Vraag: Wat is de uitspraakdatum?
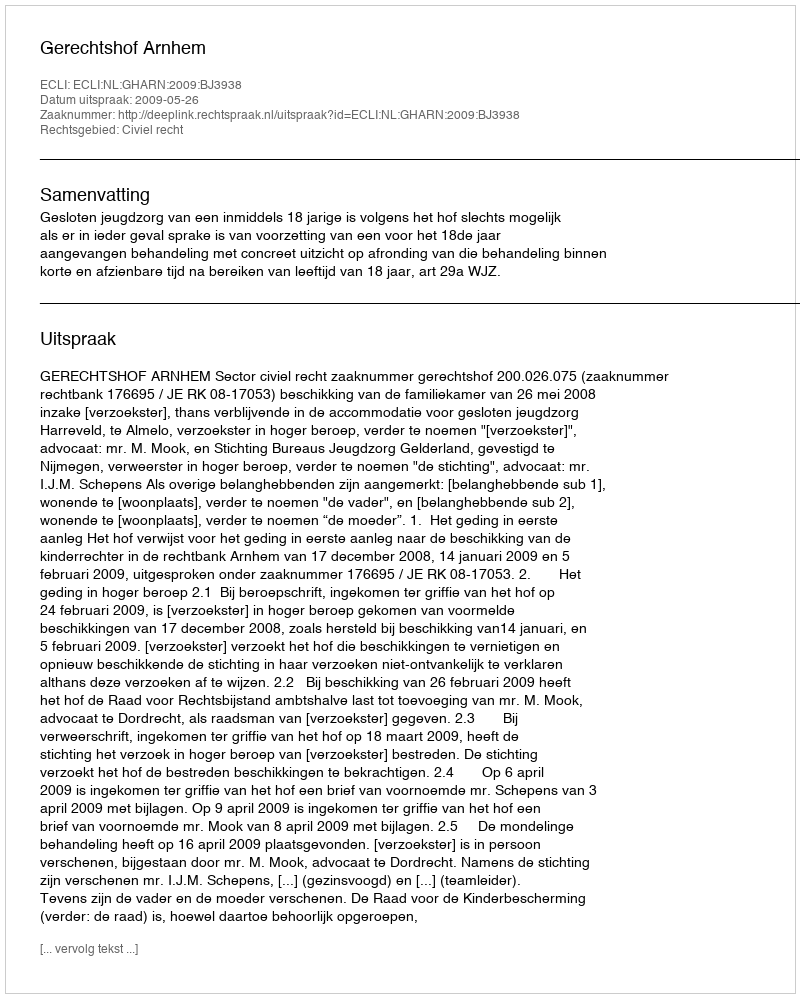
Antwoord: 2009-05-26